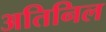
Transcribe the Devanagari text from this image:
अतिनिल